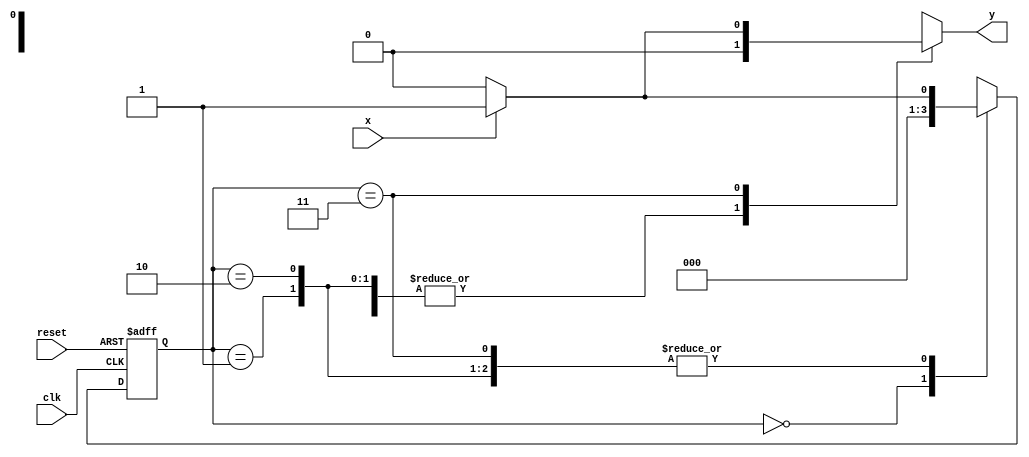
// --Nome: Milton costa teles da silva
// --Matricula: 002751
// --------------------
// --- Mealy-Moore FSM 
// --------------------
// 
`define found    1
`define notfound 0

module Mealy( y, x, clk, reset );
 output y;
 input  x;
 input  clk;
 input  reset;

 reg    y;

 parameter         
   start  = 2'b00,
   id1    = 2'b01,
   id11   = 2'b10,
   id110  = 2'b11;

   reg [1:0] E1;	// current state variables
   reg [1:0] E2;	// next state logic output

   always @( x or E1 )
    begin
     y = `notfound;
     case ( E1 )
      start:
        if ( x )
         E2 = start;
        else
         E2 = start;
      id1:
        if ( x )
         E2 = id1;
        else
         E2 = start;
      id11:
        if ( x )
         E2 = id1;
        else
         E2 = start;
      id110:
        if ( x )
	 begin
	   E2 =  id1;
	   y  = `found;
	 end
	else
	 begin
	   E2 =  start;
	   y  = `notfound;
	 end
      default:   // undefined state
           E2 =  2'bxx;
     endcase
    end // always at signal or state changing
	 
   always @( posedge clk or negedge reset )
    begin
     if ( reset )
      E1 = E2;    // updates current state
     else
      E1 = 0;     // reset
    end 

endmodule//module Mealy


module Exemplo0054; 
reg clk, reset, x; 
wire y;
 
Mealy mealy( y, x, clk, reset ); 

initial 
begin 
$display ( "Guia 07 -Nome: Milton costa teles da silva-Matricula: 002751" );
$display ( " Time   X  Mealy" ); 

// initial values 
   clk = 1; 
   reset = 0; 
   x = 0; 

// input signal changing 
   #5 reset = 1; 
   #10 x = 1; 
   #10 x = 1; 
   #10 x = 1; 
   #10 x = 0;  
   #30 $finish; 
end // initial
 
always 
#5 clk = ~clk; 

always @( posedge clk ) 
begin 
$display ( "%4d %4b %4b", $time,x,y); 
end // always at positive edge clocking changing 
endmodule // Exemplo0054